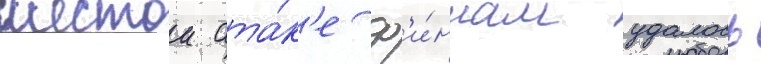
шестои ата́к'е ф'и́ннам удалось